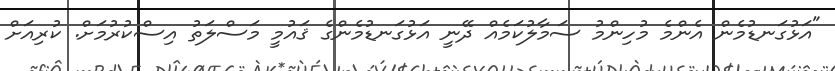
"އަޅުގަނޑުމެން އެންމެ މުހިންމު ސަމާލުކަމެއް ދޭނީ އަޅުގަނޑުމެންގެ ޤައުމީ މަސްލަތު އިސްކުރުމަށް. ކުރިއަށް